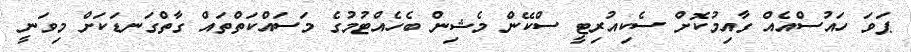
ޕަވަ ހައުސްއެއް ގާއިމުކޮށް ސެކިއުރިޓީ ސްކޭން މެޝިން ބެހެއްޓުމުގެ މަސައްކަތްތައް ގާތްގަނޑަކަށް މިވަނީ